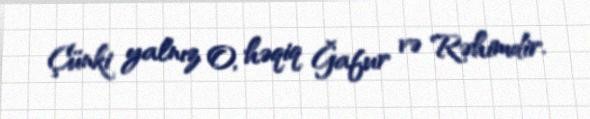
Çünki yalnız O, həqiq Ğafur və Rəhimdir.